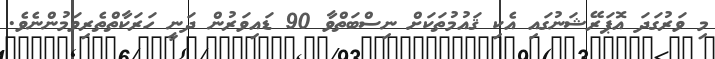
މި ވަރުގަދަ އޮޕަރޭޝަނުގައި އެކި ޤައުމުތަކަށް ނިސްބަތްވާ 90 ޑައިވަރުން ދަނީ ހަރަކާތްތެރިވަމުންނެވެ.